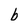
Character: b